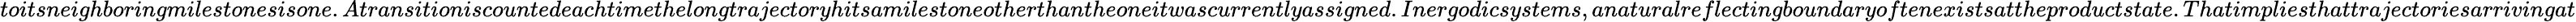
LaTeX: toitsneighboringmilestonesisone.Atransitioniscountedeachtimethelongtrajectoryhitsamilestoneotherthantheoneitwascurrentlyassigned.Inergodicsystems,anaturalreflectingboundaryoftenexistsattheproductstate.Thatimpliesthattrajectoriesarrivingat